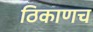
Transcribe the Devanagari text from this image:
ठिकाणच